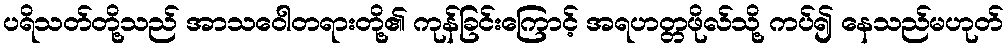
ပရိသတ်တို့သည် အာသဝေါတရားတို့၏ ကုန်ခြင်းကြောင့် အရဟတ္တဖိုလ်သို့ ကပ်၍ နေသည်မဟုတ်